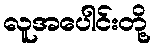
လူအပေါင်းတို့